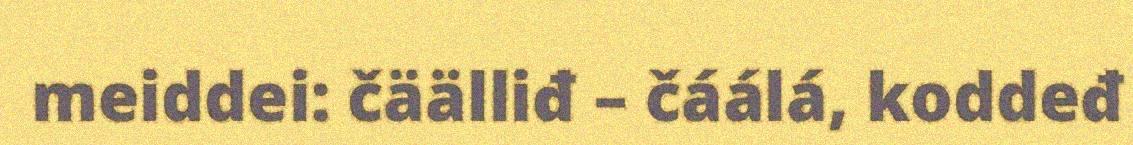
meiddei: čäälliđ – čáálá, koddeđ